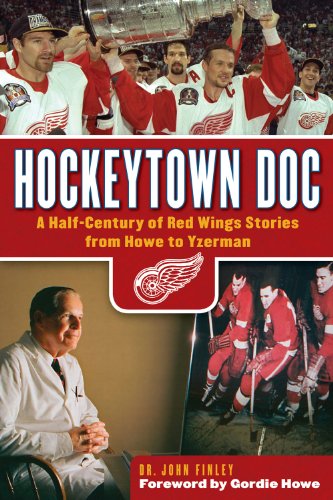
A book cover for Hockeytown Doc: A Half-Century of Red Wings Stories from Howe to Yzerman; Dr. John Finley; Biographies & Memoirs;